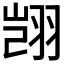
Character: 𫅥